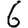
Digit: 6